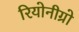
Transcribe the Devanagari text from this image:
रियोनीग्रो